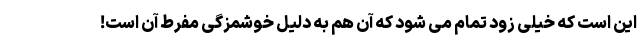
این است که خیلی زود تمام می شود که آن هم به دلیل خوشمزگی مفرط آن است!